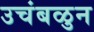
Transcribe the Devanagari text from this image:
उचंबळुन